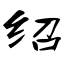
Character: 绍